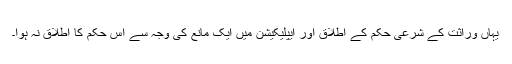
یہاں وراثت کے شرعی حکم کے اطلاق اور ایپلیکیشن میں ایک مانع کی وجہ سے اس حکم کا اطلاق نہ ہوا۔